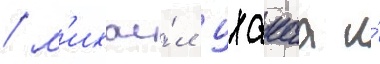
/ м'ихаи́л цхакаа и́